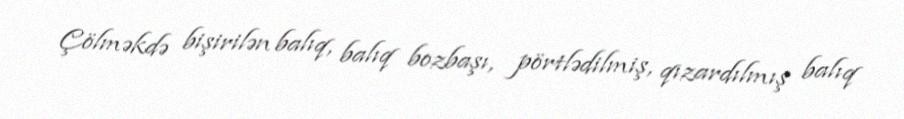
Çölməkdə bişirilən balıq, balıq bozbaşı, pörtlədilmiş, qızardılmış balıq